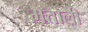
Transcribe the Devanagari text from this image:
मत्तोली